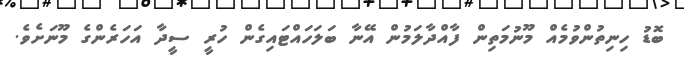
ބޮޑު ހިނިތުންވުމެއް މޫނުމަތިން ފާއްދާލަމުން އޭނާ ބަލަހައްޓައިގެން ހުރީ ސީދާ އަހަރެންގެ މޫނަށެވެ.